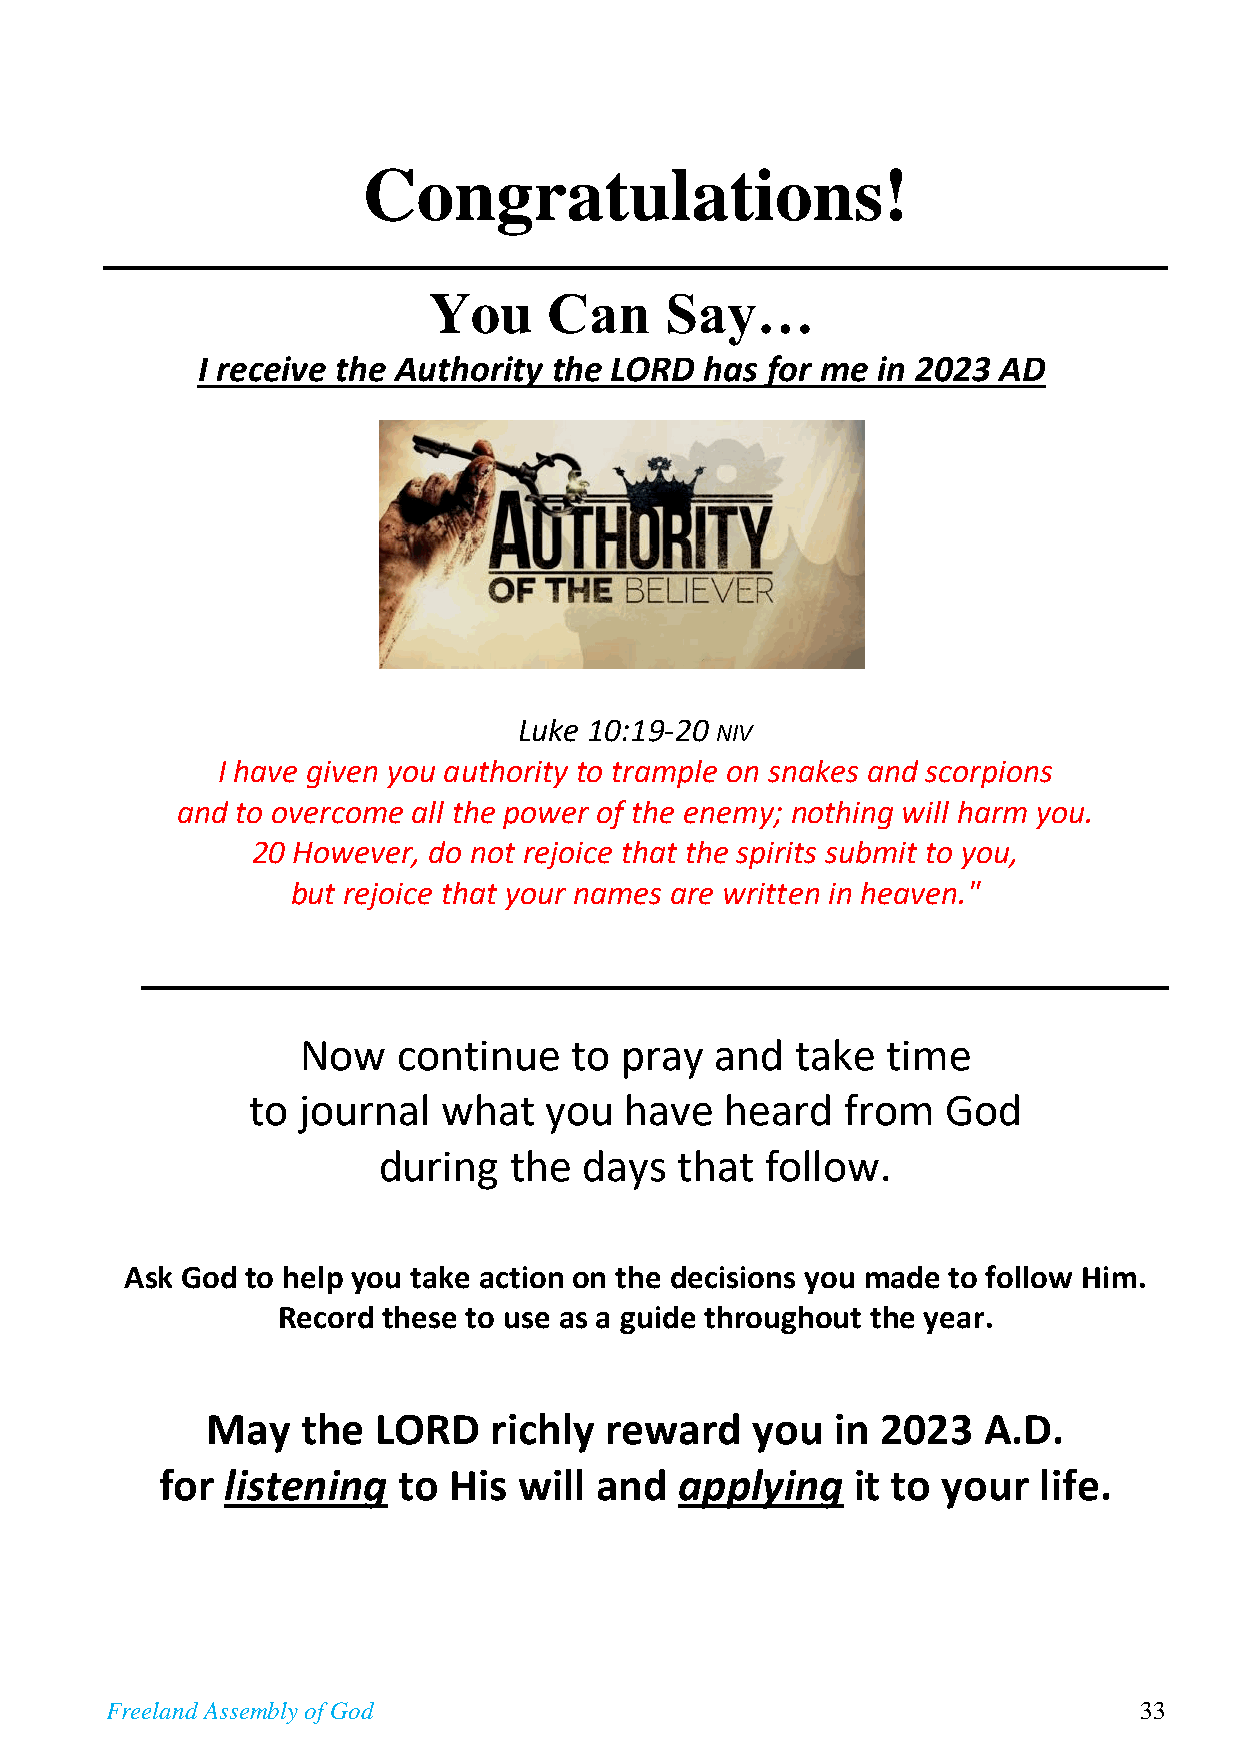
Congratulations!
 You     Can     Say…
 I receive the Authority the LORD  has for me in 2023 AD
 Luke 10:19-20 NIV
 I have given you authority to trample on snakes and scorpions
 and to overcome all the power of the enemy; nothing will harm you.
 20 However, do not rejoice th at the spirits submit to you,
 but rejoice that your names are written in heaven."
 Now   continue    to pray  and   take  time
 to  journal  what   you  have   heard   from   God
 during   the  days  that  follow.
 Ask God to help you take action on the decisions you made to follow Him.
 Record these to use as a guide throughout the year.
 May   the  LORD   richly  reward    you  in 2023   A.D.
 for listening  to  His will and   applying    it to your  life.
 Freeland Assembly of God                                            33